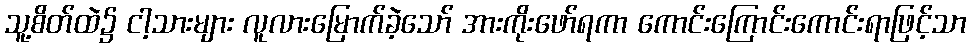
သူ့စိတ်ထဲ၌ ငါ့သားများ လူလားမြောက်ခဲ့သော် အားကိုးဖော်ရကာ ကောင်းကြောင်းကောင်းရာဖြင့်သာ